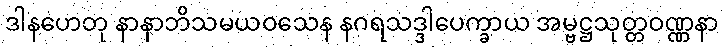
ဒါနဟေတု နာနာဘိသမယဝသေန နဂရသဒ္ဒါပေက္ခာယ အမ္ဗဋ္ဌသုတ္တဝဏ္ဏနာ